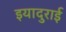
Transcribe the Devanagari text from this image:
इयादुराई